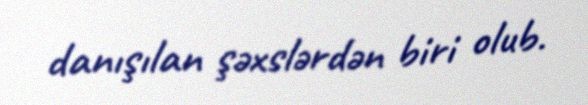
danışılan şəxslərdən biri olub.